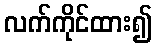
လက်ကိုင်ထား၍